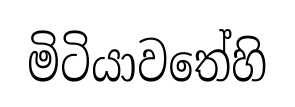
මිටියාවතේහි